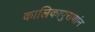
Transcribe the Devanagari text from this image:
कालिकापुराणांन